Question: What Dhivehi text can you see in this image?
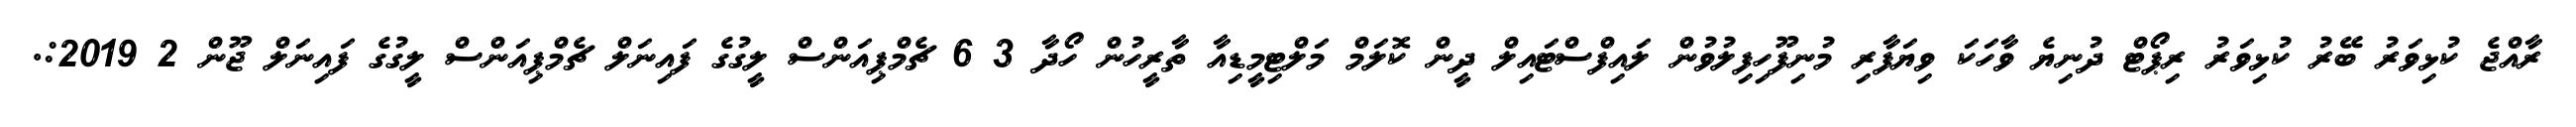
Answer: ރާއްޖެ ކުޅިވަރު ބޭރު ކުޅިވަރު ރިޕޯޓް ދުނިޔެ ވާހަކަ ވިޔަފާރި މުނިފޫހިފިލުވުން ލައިފްސްޓައިލް ދީން ކޮލަމް މަލްޓިމީޑިއާ ތާރީހުން ހޯދާ 3 6 ޗެމްޕިއަންސް ލީގުގެ ފައިނަލް ޗެމްޕިއަންސް ލީގުގެ ފައިނަލް ޖޫން 2 2019:.